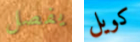
يفصل كويل